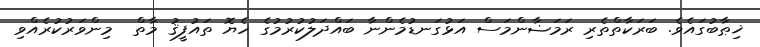
ޚިޠާބުގައެވެ. ބަރަކާތްތެރި ރަމަޟާންމަސް އަޅުގަނޑުމެންނާ ބައްދަލުކުރުމުގެ ހެޔޮ ތައުފީޤު މާތް  މިންވަރުކުރެއްވި